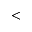
<